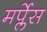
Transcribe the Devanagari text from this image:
मर्प्लेस